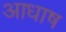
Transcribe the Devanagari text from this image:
आधाष